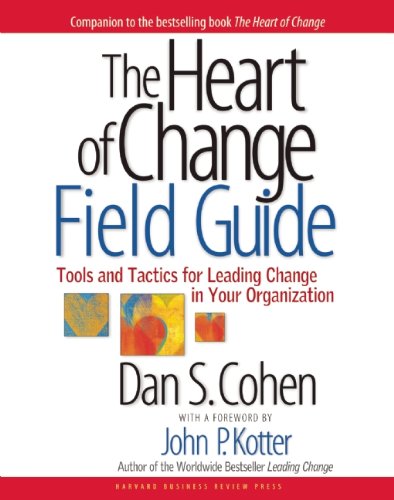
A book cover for The Heart of Change Field Guide: Tools And Tactics for Leading Change in Your Organization; Dan S. Cohen; Business & Money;